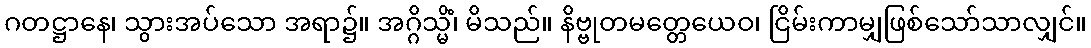
ဂတဋ္ဌာနေ၊ သွားအပ်သော အရာ၌။ အဂ္ဂိသ္မိံ၊ မိသည်။ နိဗ္ဗုတမတ္တေယေဝ၊ ငြိမ်းကာမျှဖြစ်သော်သာလျှင်။